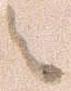
之